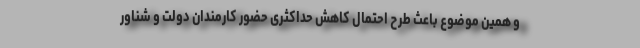
و همین موضوع باعث طرح احتمال کاهش حداکثری حضور کارمندان دولت و شناور